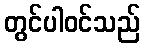
တွင်ပါဝင်သည်